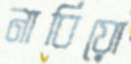
নাবিয়ো